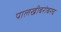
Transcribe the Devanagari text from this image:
पालखीबरोबरच